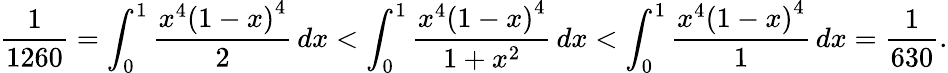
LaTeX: {\frac{1}{1260}}=\int_{0}^{1}{\frac{x^{4}\left(1-x\right)^{4}}{2}}\, dx<\int_{0}^{1}{\frac{x^{4}\left(1-x\right)^{4}}{1+x^{2}}}\, dx<\int_{0}^{1}{\frac{x^{4}\left(1-x\right)^{4}}{1}}\, dx={\frac{1}{630}}.